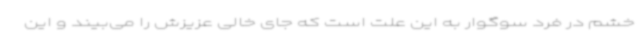
خشم در فرد سوگوار به این علت است که جای خالی عزیزش را می‌بیند و این